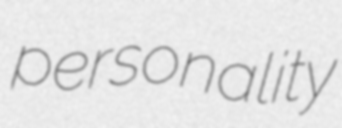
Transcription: personality